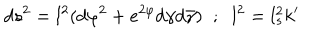
d s ^ { 2 } = l ^ { 2 } ( d \varphi ^ { 2 } + e ^ { 2 \varphi } d \gamma d \bar { \gamma } ) \; \; ; \; \; l ^ { 2 } = l _ { s } ^ { 2 } k ^ { \prime }